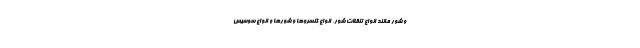
و شور مانند انواع تنقلات شور، انواع کنسروها و شورها و انواع سوسیس